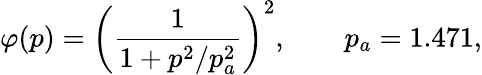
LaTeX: \varphi(p)=\left(\frac{1}{1+p^{2}/p_{a}^{2}}\right)^{2},\qquad p_{a}=1.471,